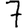
Digit: 7